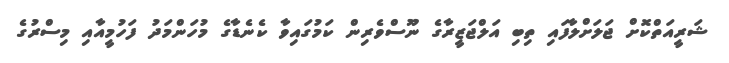
ޝަރީއަތްކޮށް ޖަލަށްލާފައި ތިބި އަލްޖަޒީރާގެ ނޫސްވެރިން ކަމުގައިވާ ކެނެޑާގެ މުހަންމަދު ފަހުމީއާއި މިސްރުގެ